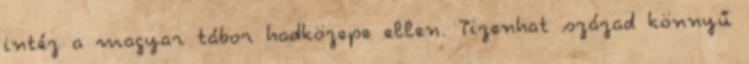
intéz a magyar tábor hadközepe ellen. Tizenhat század könnyű